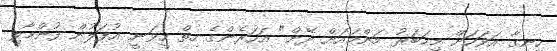
ހިނގާ އަވަހަށް މިޚަބަރު މަންމައަށް ދޭން" އަހަރެންގެ ހިތް ހީވަނީ އުފަލުން ފުންމާލި